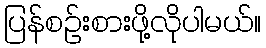
ပြန်စဉ်းစားဖို့လိုပါမယ်။